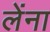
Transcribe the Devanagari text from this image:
लेंना